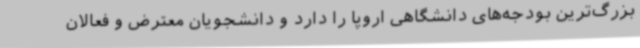
بزرگ‌ترین بودجه‌های دانشگاهی اروپا را دارد و دانشجویان معترض و فعالان